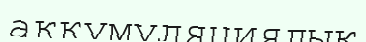
аккумуляциялық